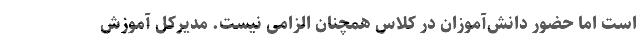
است اما حضور دانش‌آموزان در کلاس‌ همچنان الزامی نیست. مدیرکل آموزش